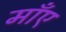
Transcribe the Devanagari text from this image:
माँए